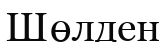
Шөлден